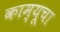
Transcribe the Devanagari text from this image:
काम्यूचा